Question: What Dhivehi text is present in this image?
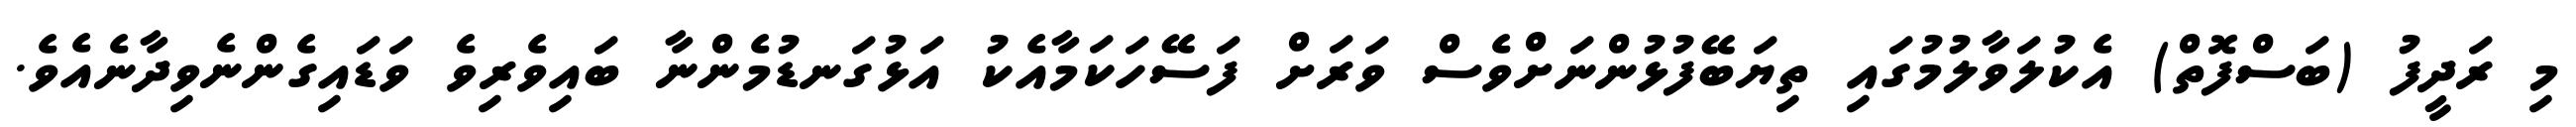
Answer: މި ރަދީފު (ބަސްފޮތް) އެކުލަވާލުމުގައި ތިޔަބޭފުޅުންނަށްވެސް ވަރަށް ފަސޭހަކަމާއެކު އަޅުގަނޑުމެންނާ ބައިވެރިވެ ވަޑައިގެންނެވިދާނެއެވެ.